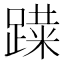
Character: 𰸨